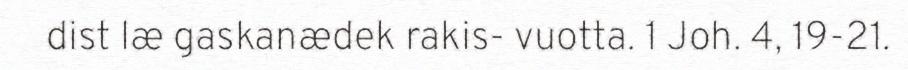
dist læ gaskanædek rakis- vuotta. 1 Joh. 4, 19-21.